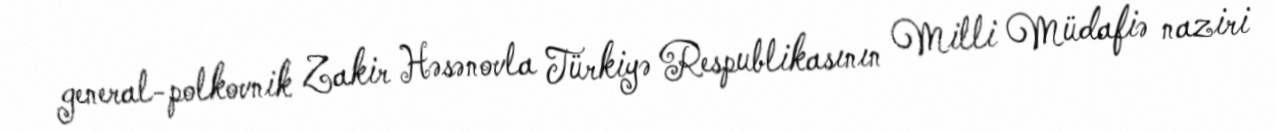
general-polkovnik Zakir Həsənovla Türkiyə Respublikasının Milli Müdafiə naziri